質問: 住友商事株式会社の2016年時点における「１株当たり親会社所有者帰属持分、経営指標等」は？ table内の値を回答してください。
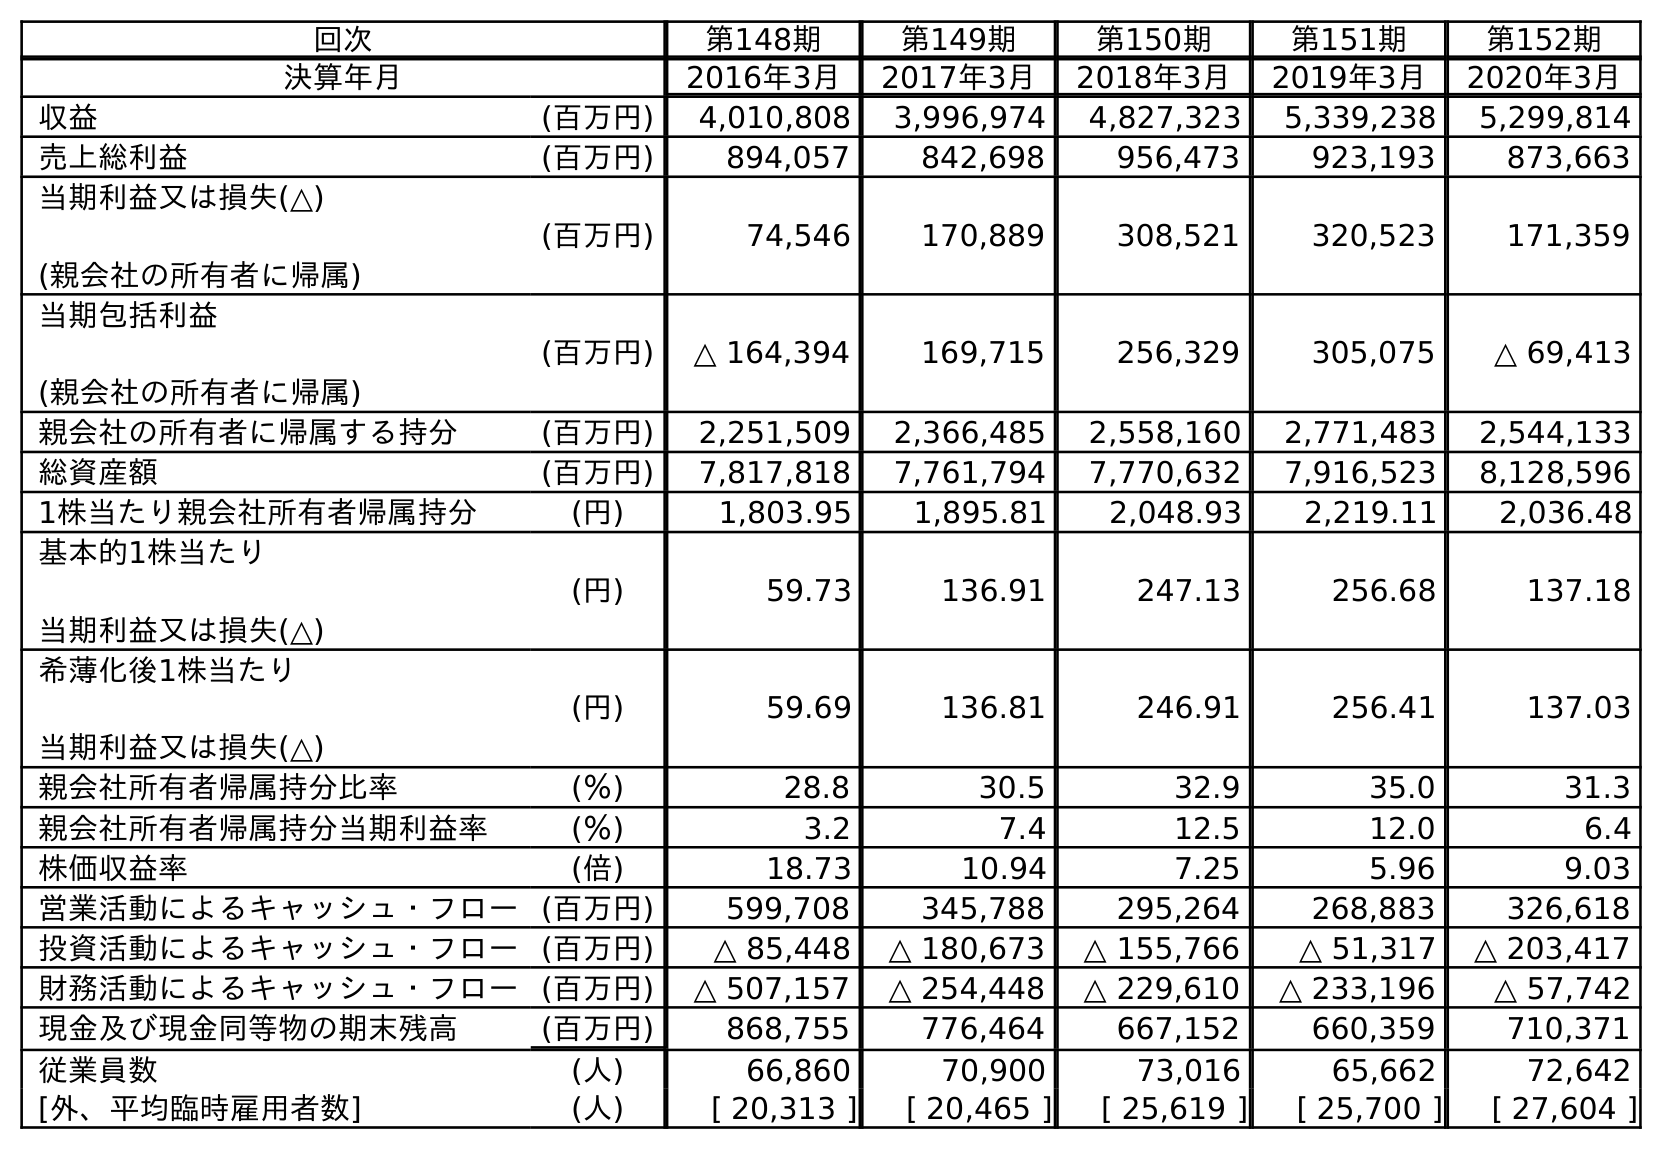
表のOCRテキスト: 回次 第148期 第149期 第150期 第151期 第152期 決算年月 2016年3月 2017年3月 2018年3月 2019年3月 2020年3月 収益 (百万円) 4,010,808 3,996,974 4,827,323 5,339,238 5,299,814 売上総利益 (百万円) 894,057 842,698 956,473 923,193 873,663 当期利益又は損失(△) (親会社の所有者に帰属) (百万円) 74,546 170,889 308,521 320,523 171,359 当期包括利益 (親会社の所有者に帰属) (百万円) △ 164,394 169,715 256,329 305,075 △ 69,413 親会社の所有者に帰属する持分 (百万円) 2,251,509 2,366,485 2,558,160 2,771,483 2,544,133 総資産額 (百万円) 7,817,818 7,761,794 7,770,632 7,916,523 8,128,596 1株当たり親会社所有者帰属持分 (円) 1,803.95 1,895.81 2,048.93 2,219.11 2,036.48 基本的1株当たり 当期利益又は損失(△) (円) 59.73 136.91 247.13 256.68 137.18 希薄化後1株当たり 当期利益又は損失(△) (円) 59.69 136.81 246.91 256.41 137.03 親会社所有者帰属持分比率 (％) 28.8 30.5 32.9 35.0 31.3 親会社所有者帰属持分当期利益率 (％) 3.2 7.4 12.5 12.0 6.4 株価収益率 (倍) 18.73 10.94 7.25 5.96 9.03 営業活動によるキャッシュ・フロー(百万円) 599,708 345,788 295,264 268,883 326,618 投資活動によるキャッシュ・フロー(百万円) △ 85,448 △ 180,673 △ 155,766 △ 51,317 △ 203,417 財務活動によるキャッシュ・フロー(百万円) △ 507,157 △ 254,448 △ 229,610 △ 233,196 △ 57,742 現金及び現金同等物の期末残高 (百万円) 868,755 776,464 667,152 660,359 710,371 従業員数 (人) 66,860 70,900 73,016 65,662 72,642 [外、平均臨時雇用者数] (人) [ 20,313 ] [ 20,465 ] [ 25,619 ] [ 25,700 ] [ 27,604 ]
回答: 1,803.95